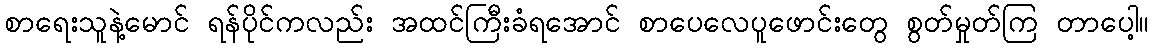
စာရေးသူနဲ့မောင် ရန်ပိုင်ကလည်း အထင်ကြီးခံရအောင် စာပေလေပူဖောင်းတွေ စွတ်မှုတ်ကြ တာပေါ့။